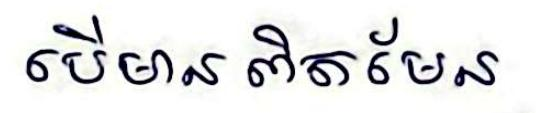
បើមាន ពិតមែន